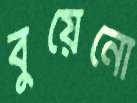
বুয়েনো